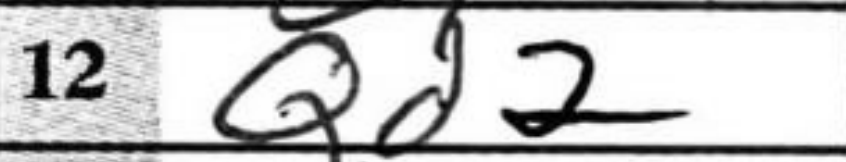
Transcription: Qd2